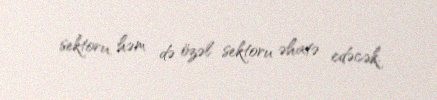
sektoru, həm də özəl sektoru əhatə edəcək.